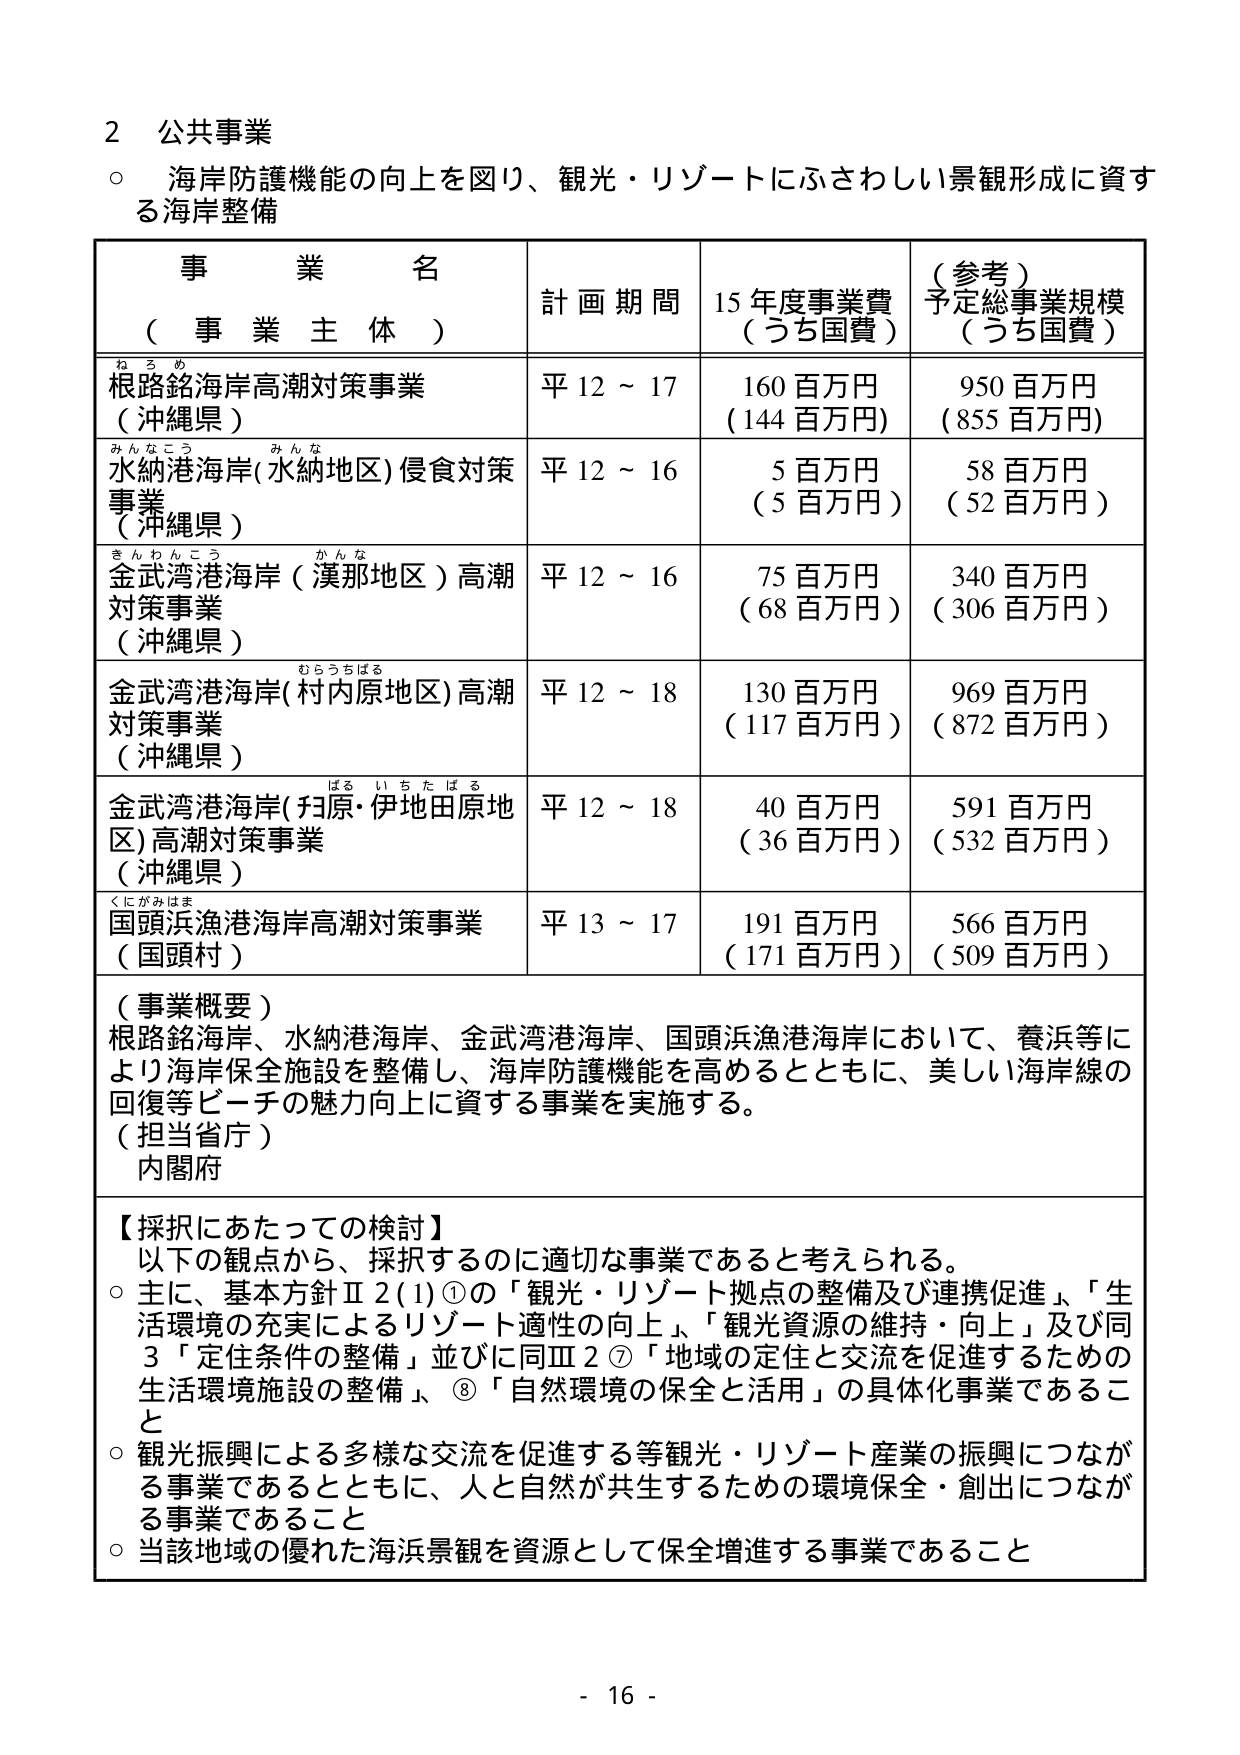
2 公共事業
○ 海岸防護機能の向上を図り、観光・リゾートにふさわしい景観形成に資する海岸整備

事 業 名
（事業主体）
計画期間
15年度事業費（うち国費）
（参考）予定総事業規模（うち国費）

根路銘海岸高潮対策事業
（沖縄県）
平12～17
160百万円
（144百万円）
950百万円
（855百万円）

水納港海岸（水納地区）侵食対策事業
（沖縄県）
平12～16
5百万円
（5百万円）
58百万円
（52百万円）

金武湾港海岸（漢那地区）高潮対策事業
（沖縄県）
平12～16
75百万円
（68百万円）
340百万円
（306百万円）

金武湾港海岸（村内原地区）高潮対策事業
（沖縄県）
平12～18
130百万円
（117百万円）
969百万円
（872百万円）

金武湾港海岸（刄原・伊地田原地区）高潮対策事業
（沖縄県）
平12～18
40百万円
（36百万円）
591百万円
（532百万円）

国頭浜漁港海岸高潮対策事業
（国頭村）
平13～17
191百万円
（171百万円）
566百万円
（509百万円）

（事業概要）
根路銘海岸、水納港海岸、金武湾港海岸、国頭浜漁港海岸において、養浜等により海岸保全施設を整備し、海岸防護機能を高めるとともに、美しい海岸線の回復等ビーチの魅力向上に資する事業を実施する。
（担当省庁）
内閣府

【採択にあたっての検討】
以下の観点から、採択するのに適切な事業であると考えられる。
○ 主に、基本方針Ⅱ2(1)①の「観光・リゾート拠点の整備及び連携促進」、「生活環境の充実によるリゾート適性の向上」、「観光資源の維持・向上」及び同3「定住条件の整備」並びに同Ⅲ2⑦「地域の定住と交流を促進するための生活環境施設の整備」、⑧「自然環境の保全と活用」の具体化事業であること
○ 観光振興による多様な交流を促進する等観光・リゾート産業の振興につながる事業であるとともに、人と自然が共生するための環境保全・創出につながる事業であること
○ 当該地域の優れた海浜景観を資源として保全増進する事業であること

- 16 -